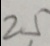
2 5